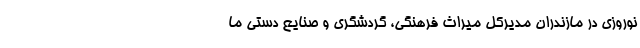
نوروزی در مازندران مدیرکل میراث ‌فرهنگی، گردشگری و صنایع‌ دستی ما